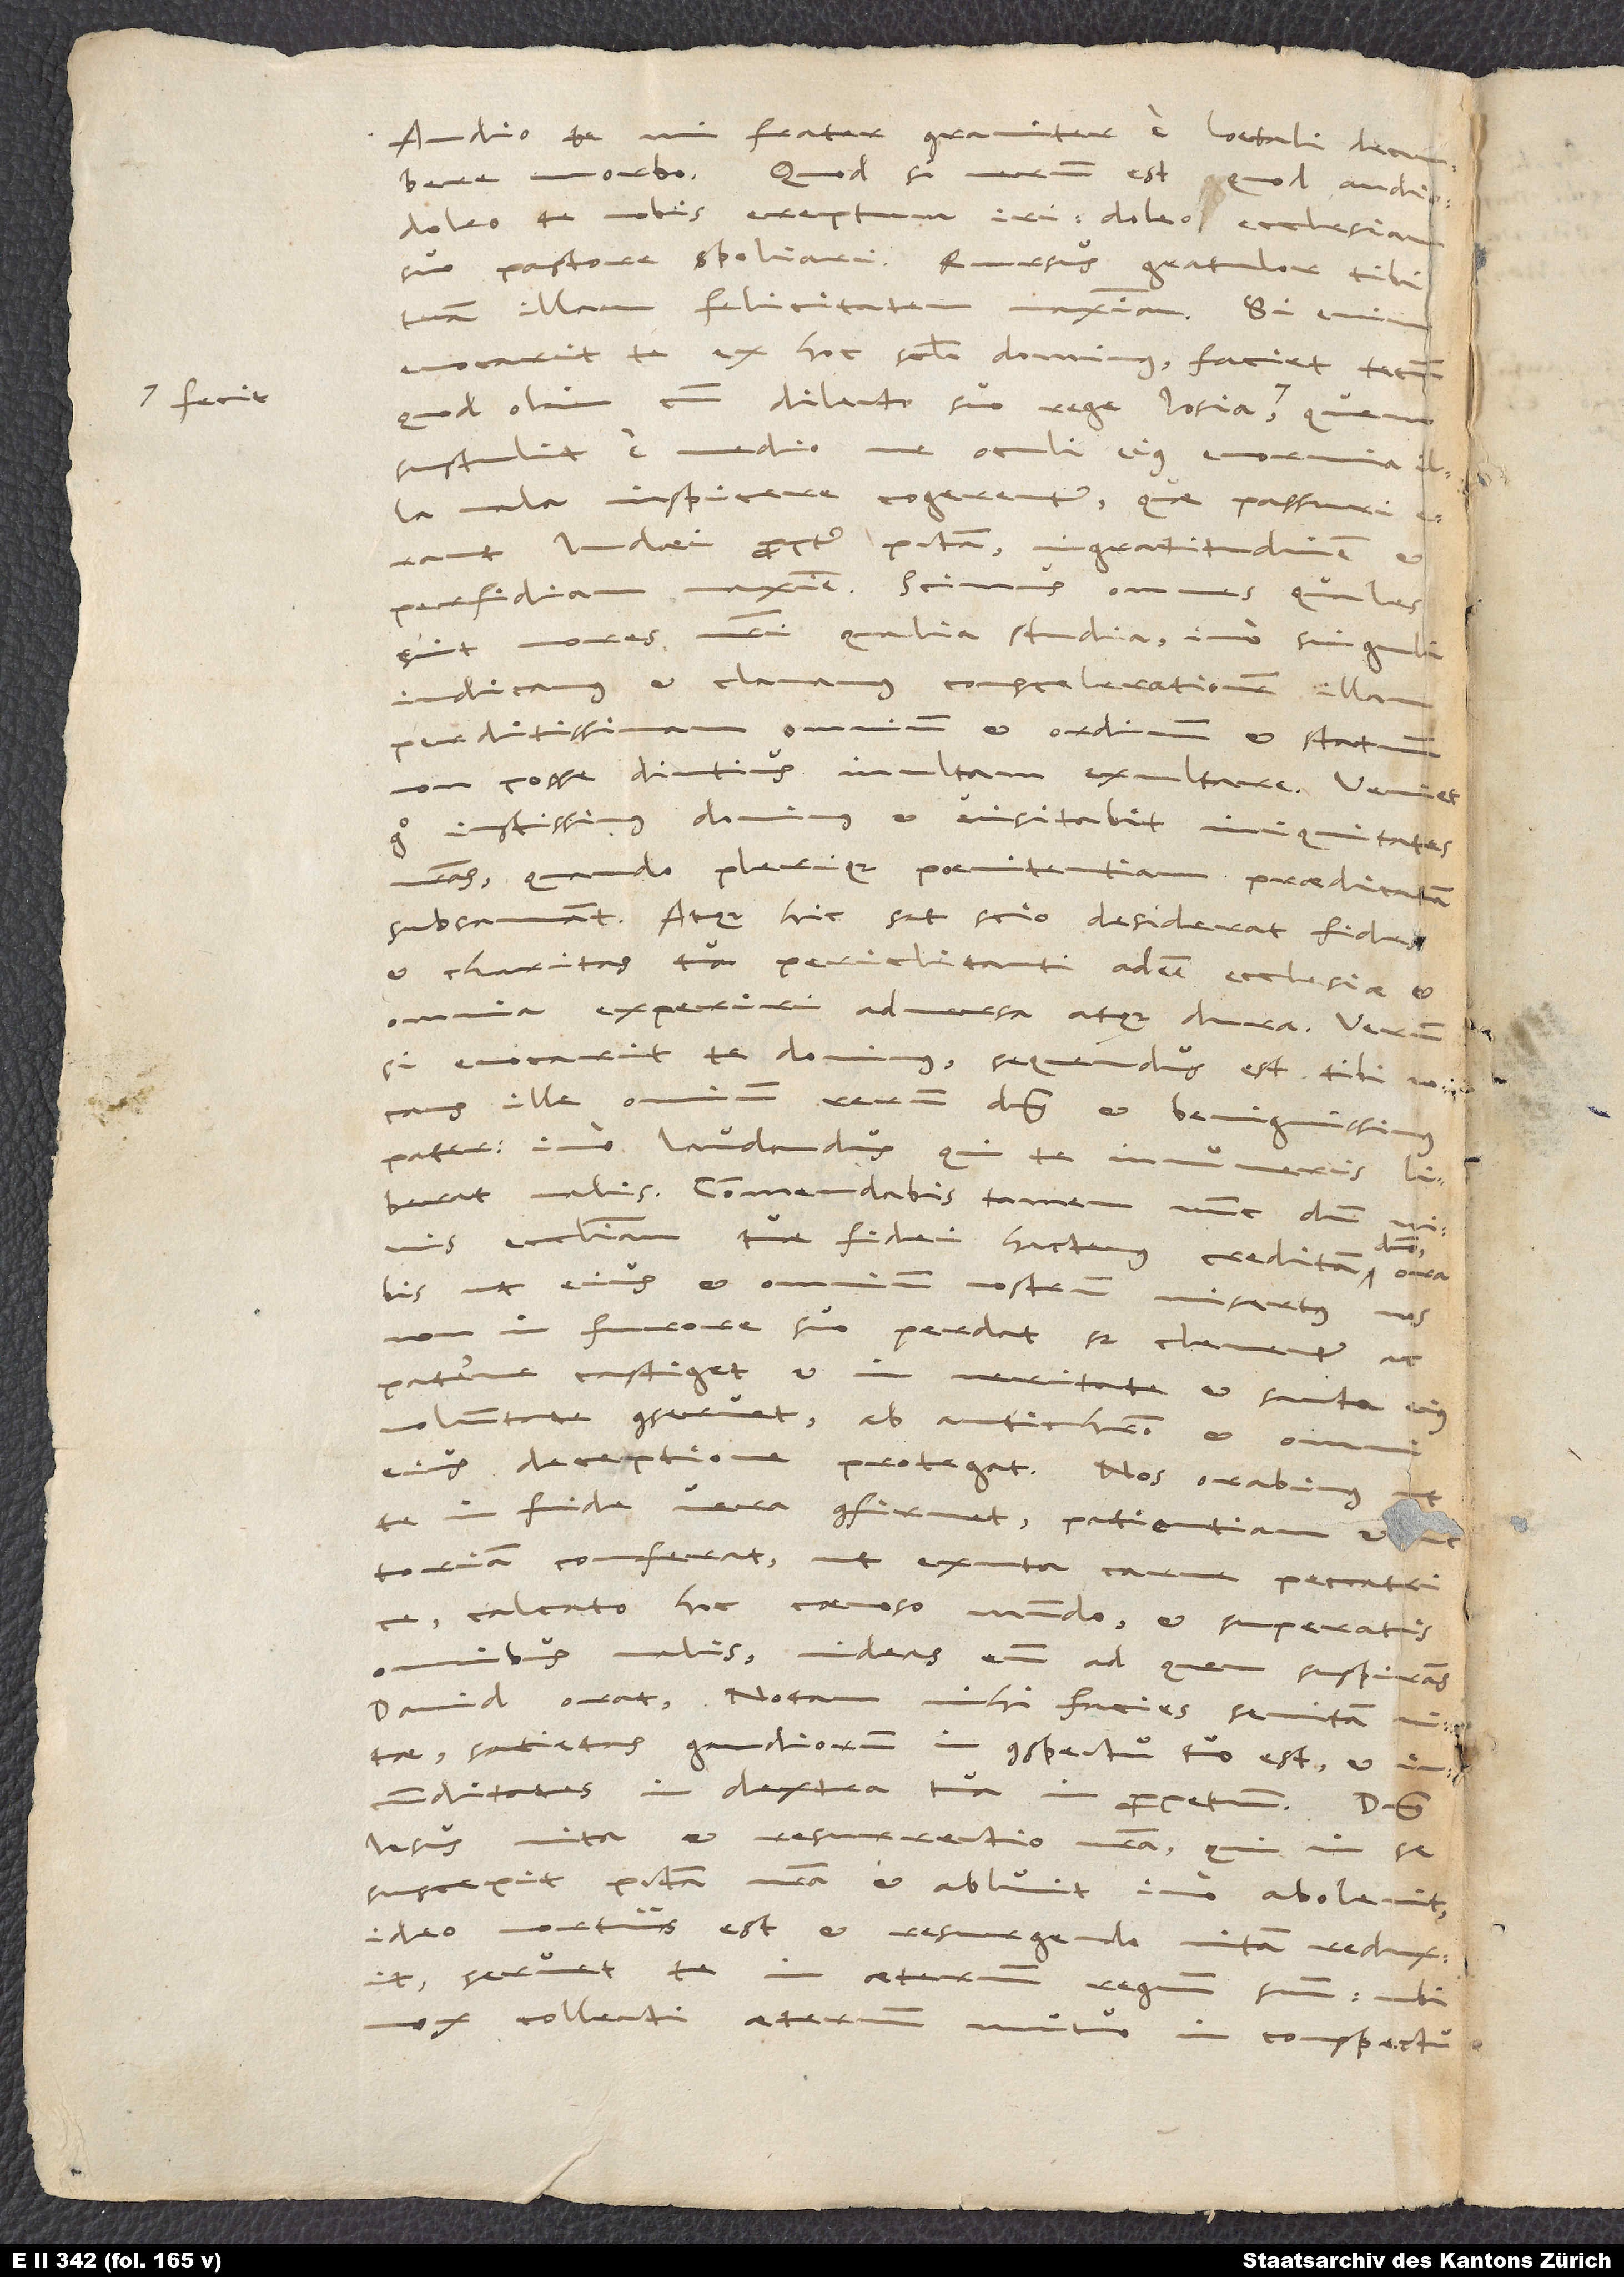
fecit,

Audio te, mi frater, graviter e laetali decumbere
morbo. Quodsi verum est, quod audio,
doleo te nobis ereptum iri. Doleo ecclesiam
suo pastore spoliari. Rursus gratulor tibi
illam felicitatem maximam. Si enim
evocarit te ex hoc seculo dominus, faciet tecum,
quod olim cum dilecto suo rege Josia
sustulit e medio, ne oculi eius enormia
mala inspicere cogerentur, quae passuri
Iudaei propter peccata, ingratitudinem et
perfidiam maxime. Scimus omnes, quales
sint mores nostri, qualia studia, imo singuli
indicamus et clamamus conscelerationem illam
perditissimam omnium, et ordinum et statuum,
non posse diutius inultam exultare. Veniet
iustissimus dominus et visitabit iniquitates
nostras, quando plerique poenitentiam praedicatam
subsannant. Atque hic sat scio, desiderat fides
et charitas tua periclitanti adesse ecclesiae et
omnia experiri adversa atque dura. Verum
si evocarit te dominus, sequendus est tibi vocans
ille, omnium rerum dominus et benignissimus
pater, imo laudandus, qui te innumeris liberat
malis. Commendabis tamen nunc, dum vivis,
ecclesiam, tuae fidei hactenus creditam,
ut eius et omnium nostrum misertus nos
in furore suo perdat, sed clementer ac
paterne castiget et in veritate et sancta eius
voluntate conservet, ab antichristo et omni
eius deceptione protegat. Nos orabimus, ut
te in fide vera confirmet, patientiam et victoriam
conferat, ut exuta carne peccatrice,
calcato hoc coenoso mundo et superatis
omnibus malis videas eum, ad quem suspirans
David orat: „Notam mihi facies semitam vitae;
satietas gaudiorum in conspectu tuo est et
iucunditates in dextra tua in perpetuum.“ Dominus
Iesus, vita et resurrectio nostra, qui in se
suscepit peccata nostra et abluit, imo abolevit,
ideo mortuus est, et resurgendo vitam reduxit,
servet te in aeternum regnum suum, ubi
mox collecti aeternum mutuo in conspectu